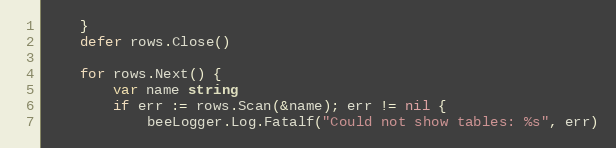
Language: Go
	}
	defer rows.Close()

	for rows.Next() {
		var name string
		if err := rows.Scan(&name); err != nil {
			beeLogger.Log.Fatalf("Could not show tables: %s", err)